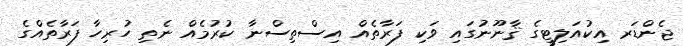
ޖެންޑަރ އިކުއަލިޓީގެ ޤާނޫނުގައި ވަކި ފަރާތެއް އިސްތިސްނާ ކުރުމެއް ނެތި ހުރިހާ ފަރާތެއްގެ